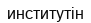
институтін